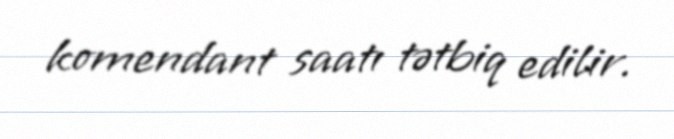
komendant saatı tətbiq edilir.